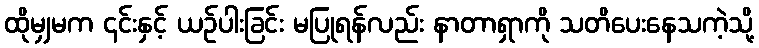
ထိုမျှမက ၎င်းနှင့် ယဉ်ပါးခြင်း မပြုရန်လည်း နာတာရှာကို သတိပေးနေသကဲ့သို့